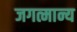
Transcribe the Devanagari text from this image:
जगत्मान्य